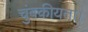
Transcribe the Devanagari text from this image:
चुंबकीयता।